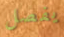
يفصل